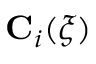
\mathbf { C } _ { i } ( \xi )